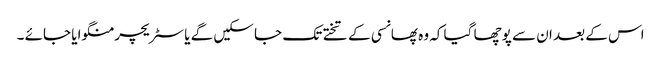
اس کے بعد ان سے پوچھا گیا کہ وہ پھانسی کے تختے تک جا سکیں گے یا سٹریچر منگوایا جائے ۔